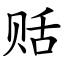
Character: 䞌